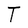
Character: T